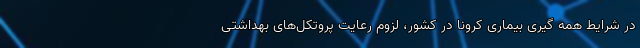
در شرایط همه گیری بیماری کرونا در کشور، لزوم رعایت پروتکل‌های بهداشتی